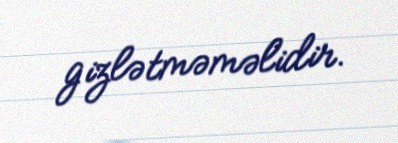
gizlətməməlidir.